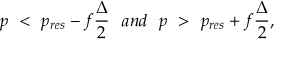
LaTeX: p \ < \ p _ { r e s } - f { \frac { \Delta } { 2 } } \ \ a n d \ \ p \ > \ p _ { r e s } + f { \frac { \Delta } { 2 } } ,